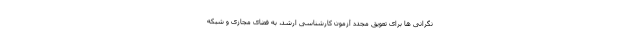
نگرانی ها برای تعویق مجدد آزمون کارشناسی ارشد، به فضای مجازی و شبکه